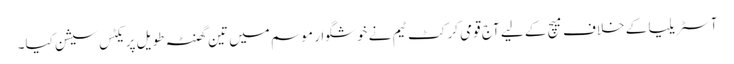
آسٹریلیا کے خلاف میچ کے لیے آج قومی کرکٹ ٹیم نے خوشگوار موسم میں تین گھنٹہ طویل پریکٹس سیشن کیا۔